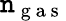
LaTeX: \mathtt{n}_{\mathrm{{~g~a~s~}}}